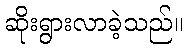
ဆိုးရွားလာခဲ့သည်။